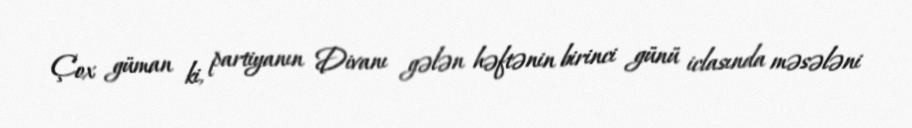
Çox güman ki, partiyanın Divanı gələn həftənin birinci günü iclasında məsələni